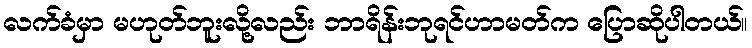
လက်ခံမှာ မဟုတ်ဘူးလို့လည်း ဘာရိန်းဘုရင်ဟာမတ်က ပြောဆိုပါတယ်။